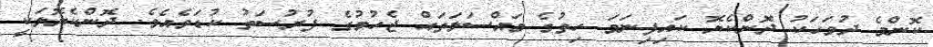
ކޮންމެ ދުވަހަކު ދޮންކެޔޮ ކައިފިނަމަ ހިތުގެ މައްސަލަތައް ޖެހުމުގެ ފުރުސަތު ކުޑަވެއެވެ. ދޮންކެޔޮލަކީ